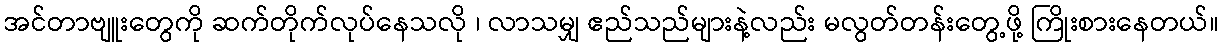
အင်တာဗျူးတွေကို ဆက်တိုက်လုပ်နေသလို ၊ လာသမျှ ဧည်သည်များနဲ့လည်း မလွတ်တန်းတွေ့ဖို့ ကြိုးစားနေတယ်။